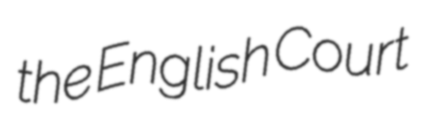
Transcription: the English Court